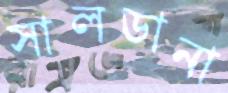
সালডানা